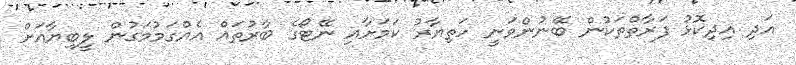
އަދި އިދިކޮޅު ފަރާތްތަކުން ބޭނުންވަނީ ހަތިޔާރު ކަމަށާއި ނޭޓޯގެ ބާރުތައް އެއްގަމުމަގުން ލީބިޔާއަށް